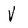
Character: V